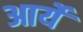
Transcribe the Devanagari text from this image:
आर्ये